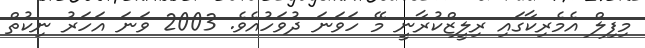
މިފިލް އެމެރިކާގައި ރިލީޒްކުރާނީ މޭ ހަވަނަ ދުވަހުއެވެ. 2003 ވަނަ އަހަރު ނިކުތް